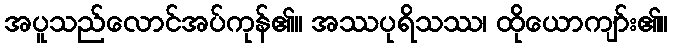
အပူသည်လောင်အပ်ကုန်၏။ အဿပုရိသဿ၊ ထိုယောကျာ်း၏။